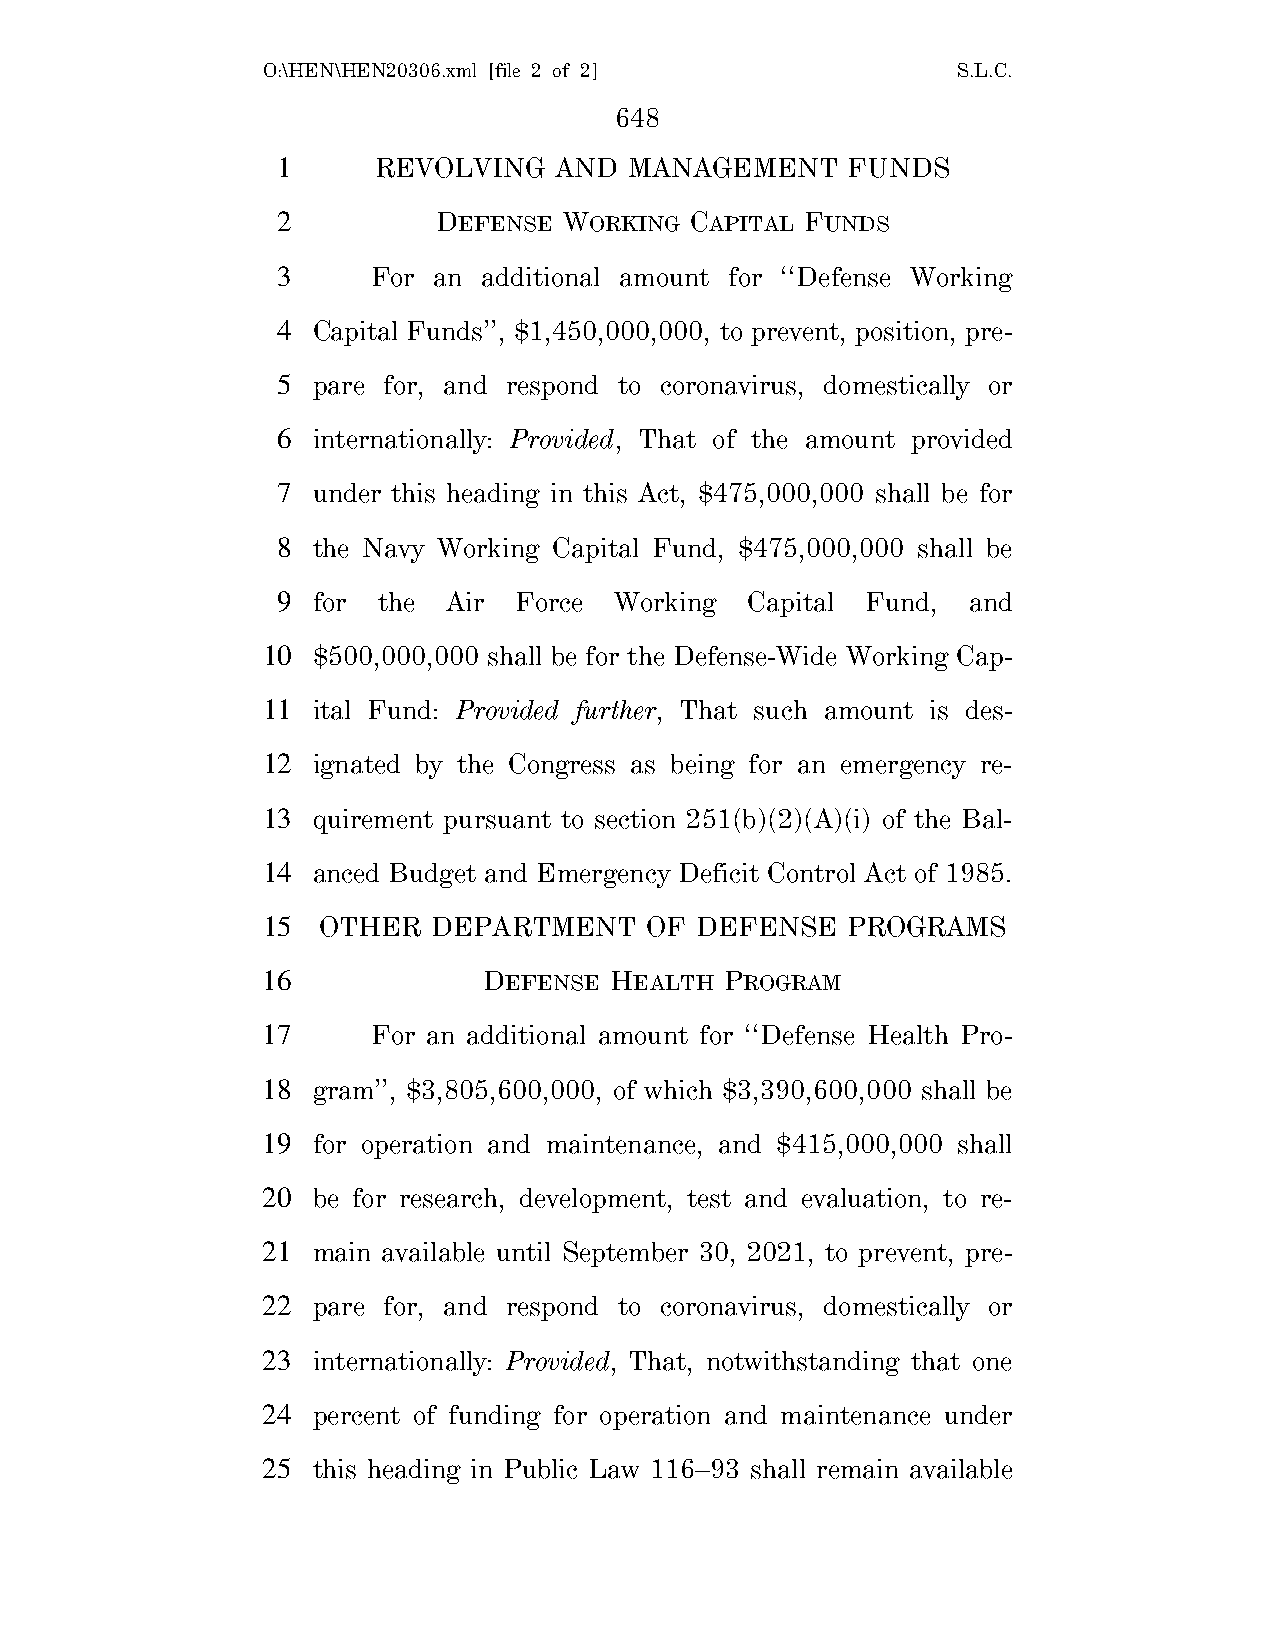
O:\HEN\HEN20306.xml [file 2 of 2]             S.L.C.
 648
 1      REVOLVING   AND  MANAGEMENT    FUNDS
 2          DEFENSE WORKING  CAPITAL FUNDS
 3      For an additional amount for ‘‘Defense Working
 4  Capital Funds’’, $1,450,000,000, to prevent, position, pre-
 5  pare for, and respond to coronavirus, domestically or
 6  internationally: Provided, That of the amount provided
 7  under this heading in this Act, $475,000,000 shall be for
 8  the Navy Working Capital Fund, $475,000,000 shall be
 9  for the  Air Force  Working  Capital Fund, and
 10  $500,000,000 shall be for the Defense-Wide Working Cap-
 11  ital Fund: Provided further, That such amount is des-
 12  ignated by the Congress as being for an emergency re-
 13  quirement pursuant to section 251(b)(2)(A)(i) of the Bal-
 14  anced Budget and Emergency Deficit Control Act of 1985.
 15  OTHER   DEPARTMENT    OF DEFENSE   PROGRAMS
 16             DEFENSE HEALTH  PROGRAM
 17      For an additional amount for ‘‘Defense Health Pro-
 18  gram’’, $3,805,600,000, of which $3,390,600,000 shall be
 19  for operation and maintenance, and $415,000,000 shall
 20  be for research, development, test and evaluation, to re-
 21  main available until September 30, 2021, to prevent, pre-
 22  pare for, and respond to coronavirus, domestically or
 23  internationally: Provided, That, notwithstanding that one
 24  percent of funding for operation and maintenance under
 25  this heading in Public Law 116–93 shall remain available